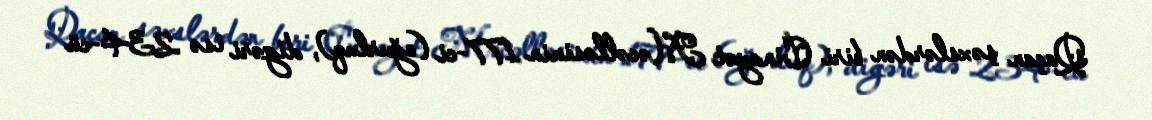
Qaçan şəxslərdən biri Cinayət Məcəlləsinin 177-ci (oğurluq), digəri isə 234-cü